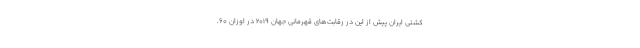
کشتی ایران پیش از این در رقابت‌های قهرمانی جهان ۲۰۱۹ در اوزان ۶۰،